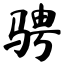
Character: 骋